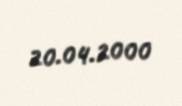
20.04.2000